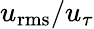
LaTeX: u_{\mathrm{rms}}/u_{\tau}